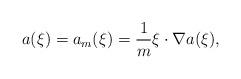
LaTeX: \begin{align*}a(\xi)=a_m(\xi)=\frac1m\xi\cdot\nabla a(\xi),\end{align*}